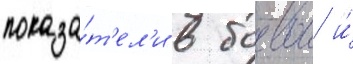
показа́т'ел'и в боевои и́